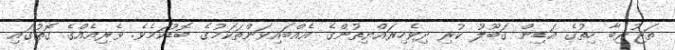
ތަޖުރިބާ ހިތުގެ އަޑިން ގަބޫލު ކުރި ދިވެހިރައްޔިތުންގެ އެއްބައިވަންތަކަމުގެ ބޮޑުކަމެވެ. ވެރިއެއްގެ ގޮތުގައި